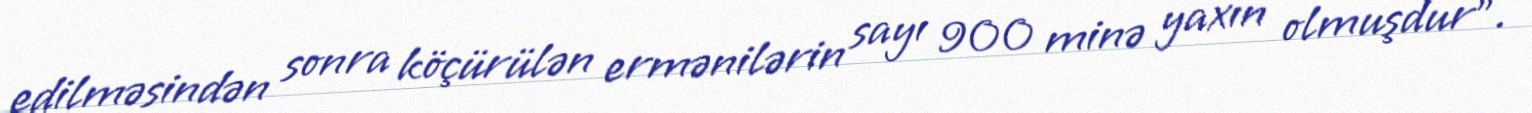
edilməsindən sonra köçürülən ermənilərin sayı 900 minə yaxın olmuşdur”.